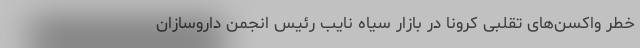
خطر واکسن‌های تقلبی کرونا در بازار سیاه نایب رئیس انجمن داروسازان